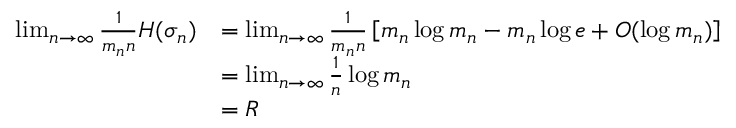
\begin{array} { r l } { \operatorname* { l i m } _ { n \to \infty } \frac { 1 } { m _ { n } n } H ( \sigma _ { n } ) } & { = \operatorname* { l i m } _ { n \to \infty } \frac { 1 } { m _ { n } n } \left[ m _ { n } \log m _ { n } - m _ { n } \log e + O ( \log m _ { n } ) \right] } \\ & { = \operatorname* { l i m } _ { n \to \infty } \frac { 1 } { n } \log m _ { n } } \\ & { = R } \end{array}